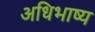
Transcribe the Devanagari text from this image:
अधिभाष्य